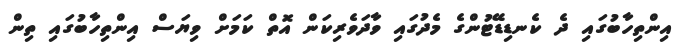
އިންތިހާބުގައި ދެ ކެނޑިޑޭޓުންގެ މެދުގައި ވާދަވެރިކަން އޮތް ކަމަށް ވިޔަސް އިންތިހާބުގައި ތިން